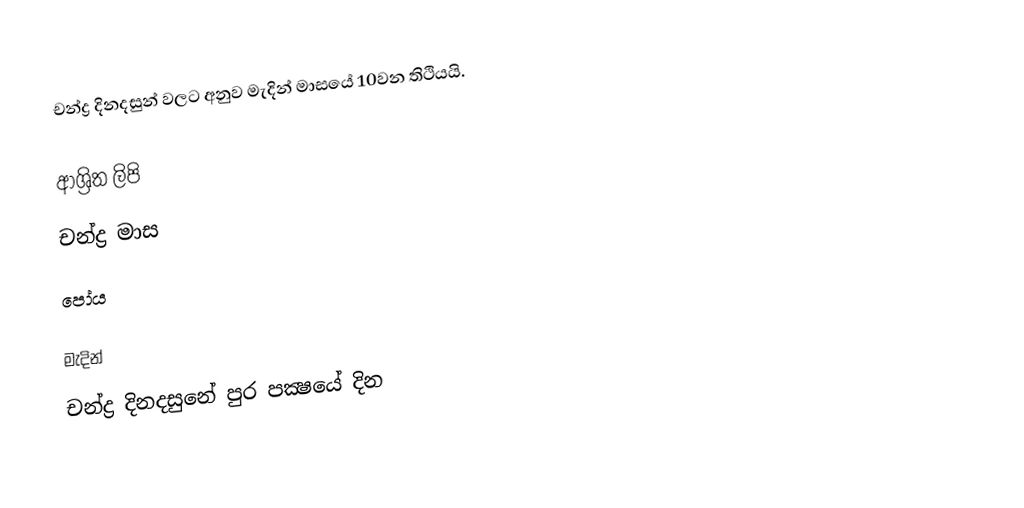
චන්ද්‍ර දිනදසුන් වලට අනුව මැදින් මාසයේ 10වන තිථියයි.

ආශ්‍රිත ලිපි
 චන්ද්‍ර මාස
 පෝය

මැදින්
චන්ද්‍ර දිනදසුනේ පුර පක්‍ෂයේ දින